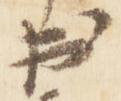
出